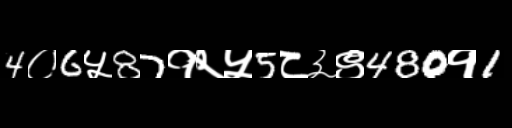
Text: 4०6५87१२५5८३९480१1